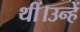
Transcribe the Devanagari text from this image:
थीं।उन्हें